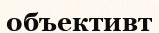
объективт